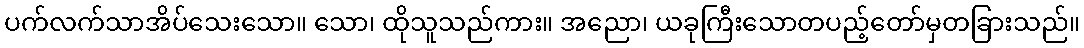
ပက်လက်သာအိပ်သေးသော။ သော၊ ထိုသူသည်ကား။ အညော၊ ယခုကြီးသောတပည့်တော်မှတခြားသည်။